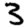
Digit: 3